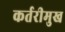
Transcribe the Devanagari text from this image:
कर्तरीमुख